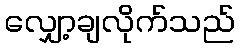
လျှော့ချလိုက်သည်